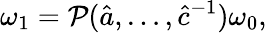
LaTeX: \omega_{1}={\cal P}(\hat{a},\ldots,\hat{c}^{-1})\omega_{0},